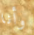
وأنا